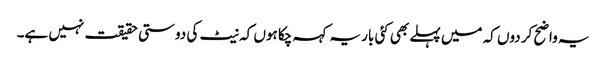
یہ واضح کر دوں کہ میں پہلے بھی کئی بار یہ کہہ چکا ہوں کہ نیٹ کی دوستی حقیقت نہیں ہے۔